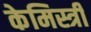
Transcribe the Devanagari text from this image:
केमिस्त्री